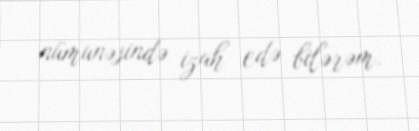
nümunəsində izah edə bilərəm.